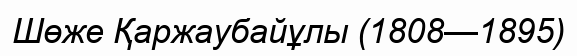
Шөже Қаржаубайұлы (1808—1895)